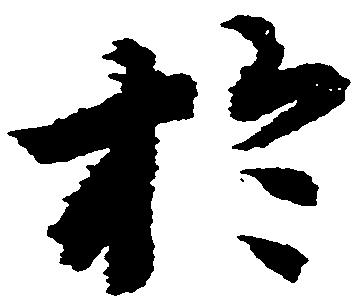
於